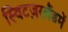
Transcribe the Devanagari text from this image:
स्विटज़रलैंडमें